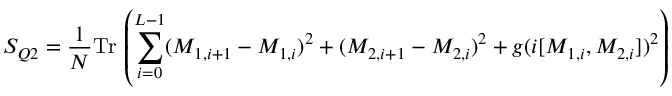
S _ { Q 2 } = \frac { 1 } { N } \mathrm { T r } \, \left( \sum _ { i = 0 } ^ { L - 1 } ( M _ { 1 , i + 1 } - M _ { 1 , i } ) ^ { 2 } + ( M _ { 2 , i + 1 } - M _ { 2 , i } ) ^ { 2 } + g ( i [ M _ { 1 , i } , M _ { 2 , i } ] ) ^ { 2 } \right)